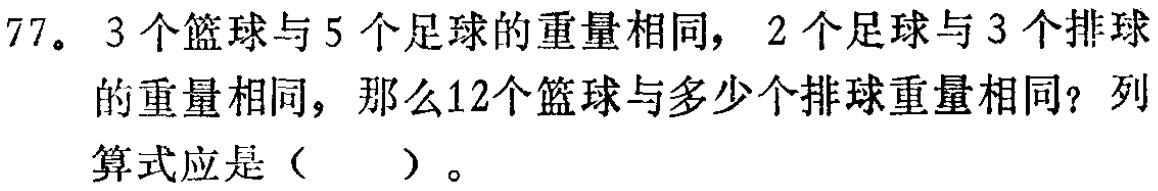
77。3个篮球与5个足球的重量相同，2个足球与3个排球的重量相同，那么12个篮球与多少个排球重量相同？列算式应是（  ）。